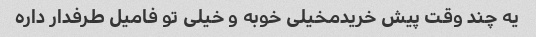
یه چند وقت پیش خریدمخیلی خوبه و خیلی تو فامیل طرفدار داره